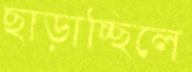
ছাড়াচ্ছিলে